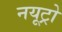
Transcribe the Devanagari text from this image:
नयूट्रो